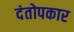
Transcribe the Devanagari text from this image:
दंतोपकार